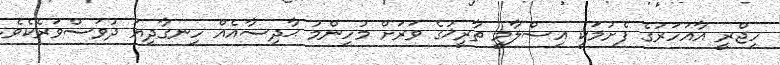
ހިޖްރީ އާއަހަރުގެ ފެށުމަކީ އިސްލާމީ ތާރީޚުގެ ވަރަށް މުހިންމު ޙާދިސާއެއް ހިނގާދިޔަ ދުވަސްވަރެކެވެ.